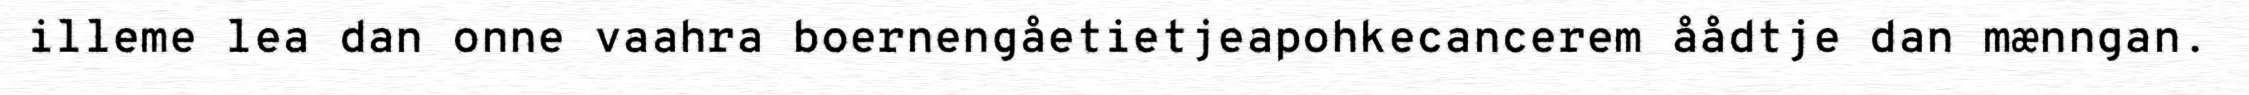
illeme lea dan onne vaahra boernengåetietjeapohkecancerem åådtje dan mænngan.